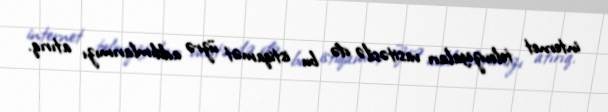
internet televiziyaları vasitəsilə də bu istiqamət üzrə addımlarımızı atırıq.